Report of the Indian Hemp Drugs Commission, 1894-1895 - Volume VI
Year: 1894
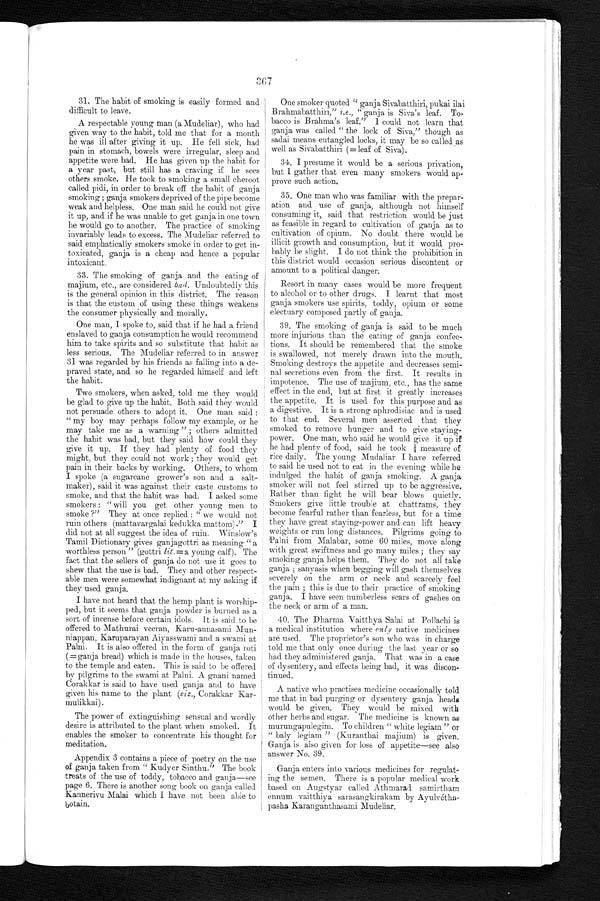
3 6 7
31. The habit of smoking is easily formed and
difficult to leave.
A respectable young man (a Mudeliar), who had
given way to the habit, told me that for a month
he was ill after giving it up. He fell sick, had
pain in stomach, bowels were irregular, sleep and
appetite were bad. He has given up the habit for
a year past, but still has a craving if he sees
others smoke. He took to smoking a small cheroot
called pidi, in order to break off the habit of ganja
smoking ; ganja smokers deprived of the pipe become
weak and helpless. One man said he could not give
it up, and if he was unable to get ganja in one town
he would go to another. The practice of smoking
invariably leads to excess. The Mudeliar referred to
said emphatically smokers smoke in order to get in-
toxicated, ganja is a cheap and hence a popular
intoxicant.
33. The smoking of ganja and the eating of
majium, etc., are considered bad. Undoubtedly this
is the general opinion in this district. The reason
is that the custom of using these things weakens
the consumer physically and morally.
One man, I spoke to, said that if he had a friend
enslaved to ganja consumption he would recommend
him to take spirits and so substitute that habit as
less serious. The Mudeliar referred to in answer
31 was regarded by his friends as falling into a de-
praved state, and so he regarded himself and left
the habit.
Two smokers, when asked, told me they would
be glad to give up the habit. Both said they would
not persuade others to adopt it. One man said :
" my boy may perhaps follow my example, or he
may take me as a warning " ; others admitted
the habit was bad, but they said how could they
give it up. If they had plenty of food they
might, but they could not work ; they would get
pain in their backs by working. Others, to whom
I spoke (a sugarcane grower's son and a salt-
maker), said it was against their caste customs to
smoke, and that the habit was bad. I asked some
smokers : " will you get other young men to
smoke ?" They at once replied : " we would not
ruin others (mattavargalai kedukka mattom)." I
did not at all suggest the idea of ruin. Winslow's
Tamil Dictionary gives ganjagottri as meaning " a
worthless person" (gottri lit.= a young calf). The
fact that the sellers of ganja do not use it goes to
shew that the use is bad. They and other respect-
able men were somewhat indignant at my asking if
they used ganja.
I have not heard that the hemp plant is worship-
ped, but it seems that ganja powder is burned as a
sort of incense before certain idols It is said to be
offered to Mathurai veeran, Karu-annasami Mun-
niappan, Karuparayan Aiyasswami and a swami at
Palni. It is also offered in the form of ganja roti
(= ganja bread) which is made in the houses, taken
to the temple and eaten. This is said to be offered
by pilgrims to the swami at Palni. A gnani named
Corakkar is said to have used ganja and to have
given his name to the plant (viz., Corakkar Kar-
mulikkai).
The power of extinguishing sensual and wordly
desire is attributed to the plant when smoked. It
enables the smoker to concentrate his thought for
meditation.
Appendix 3 contains a piece of poetry on the use
of ganja taken from " Kudyer Sinthu." The book
treats of the use of toddy, tobacco and ganja—see
page 6. There is another song book on ganja called
Kannerivu Malai which I have not been able to
botain.
One smoker quoted " ganja Sivabatthiri, pukai ilai
Brahmabatthiri," i . e ., " ganja is Siva's leaf. To-
bacco is Brahma's leaf." 1 could not learn that
ganja was called " the lock of Siva," though as
sadai means entangled locks, it may be so called as
well as Sivabatthiri (=leaf of Siva).
34. I presume it would be a serious privation,
but I gather that even many smokers would ap-
prove such action.
35. One man who was familiar with the prepar-
ation and use of ganja, although not himself
consuming it, said that restriction would be just
as feasible in regard to cultivation of ganja as to
cultivation of opium. No doubt there would be
illicit growth and consumption, but it would pro-
bably be slight. I do not think the prohibition in
this district would occasion serious discontent or
amount to a political danger.
Resort in many cases would be more frequent
to alcohol or to other drugs. I learnt that most
ganja smokers use spirits, toddy, opium or some
electuary composed partly of ganja.
39. The smoking of ganja is said to be much
more injurious than the eating of ganja confec-
tions. It should be remembered that the smoke
is swallowed, not merely drawn into the mouth.
Smoking destroys the appetite and decreases semi-
nal secretions even from the first. It results in
impotence. The use of majium, etc., has the same
effect in the end, but at first it greatly increases
the appetite. It is used for this purpose and as
a digestive. It is a strong aphrodisiac and is used
to that end. Several men asserted that they
smoked to remove hunger and to give staying
power. One man, who said he would give it up if
he had plenty of food, said he took ¼ measure of
rice daily. The young Mudaliar I have referred
to said lie used not to eat in. the evening while he
indulged the habit of ganja smoking. A ganja
smoker will not feel stirred up to be aggressive.
Rather than fight he will bear blows quietly.
Smokers give little trouble at chattrams, they
become fearful rather than fearless, but for a time
they have great staying-power and can lift heavy
w e i g h t s o r r u n l o n g d i s t a n c e s . p i l g r i m e s g o i n g t o P a l n i f r o m M a l a b a r , s o m e 6 0 m i l e s , m o v e a l o n g
with great swiftness and go many miles ; they say
smoking ganja helps them. They do not all take
ganja ; sanyasis when begging will gash themselves
severely on the arm or neck and scarcely feel
the pain ; this is due to their practice of smoking
ganja. I have seen numberless scars of gashes on
the neck or arm of a man.
40. The Dharina Vaitthya Salai at Pollachi is
a medical institution where only native medicines
are used. The proprietor's son who was in charge
told me that only once during the last year or so
had they administered ganja. That was in a case
of dysentery, and effects being bad, it was discon-
tinued.
A native who practises medicine occasionally told
me that in bad purging or dysentery ganja heads
would be given. They would. be mixed with
other herbs and sugar. The medicine is known as
murungapulegim. To children " white legiam " or
" baly legiam " (Kuranthai majium) is given.
Ganja is also given for loss of appetite—see also
answer No. 39.
Ganja enters into various medicines for regulat-
ing the semen. There is a popular medical work
based on Augstyar called Athmarad samirtham
ennum vaitthiya sarasangkirakam by Ayulvétha-
pasha Karanganthasami Mudeliar.